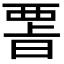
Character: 𭦪